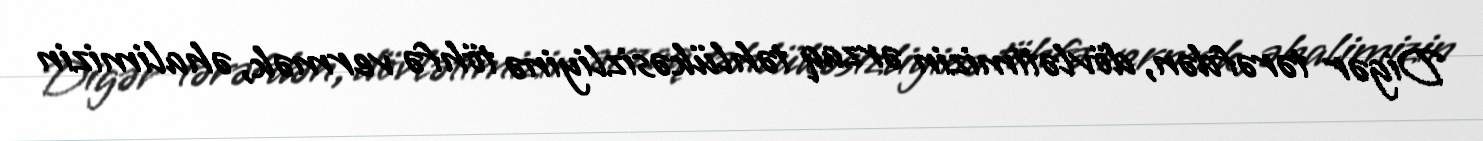
Digər tərəfdən, dövlətimizin ərzaq təhlükəsizliyinə töhfə vermək, əhalimizin